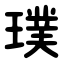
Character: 璞